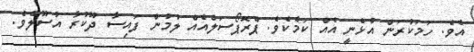
އެވެ. ހަމަކުރަން އުޅެނީ އެއް ކަމެކެވެ. ޕްރޮޕޯސަލްއެއް ލުމުން ފައިސާ ދޫކުރާ އުސޫލެވެ.